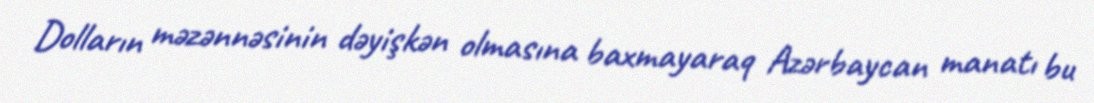
Dolların məzənnəsinin dəyişkən olmasına baxmayaraq Azərbaycan manatı bu